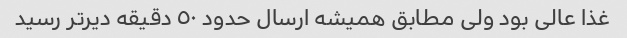
غذا عالی بود ولی مطابق همیشه ارسال حدود ٥٠ دقیقه دیرتر رسید